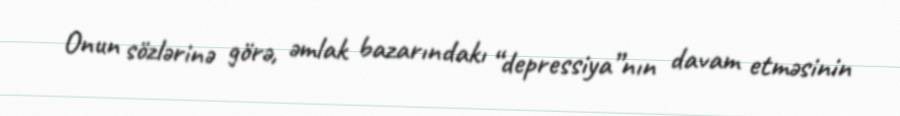
Onun sözlərinə görə, əmlak bazarındakı “depressiya”nın davam etməsinin